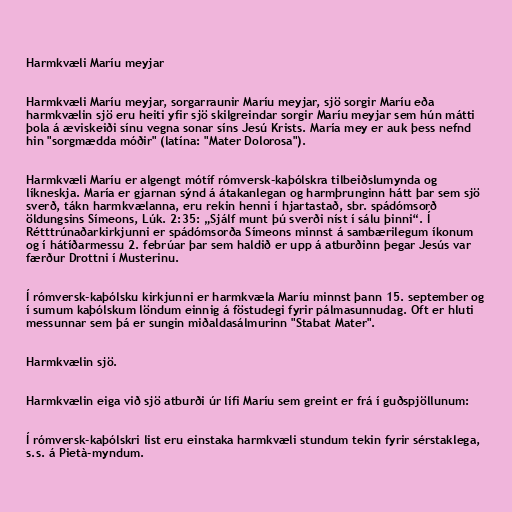
Harmkvæli Maríu meyjar

Harmkvæli Maríu meyjar, sorgarraunir Maríu meyjar, sjö sorgir Maríu eða
harmkvælin sjö eru heiti yfir sjö skilgreindar sorgir Maríu meyjar sem hún mátti
þola á æviskeiði sínu vegna sonar síns Jesú Krists. María mey er auk þess nefnd
hin "sorgmædda móðir" (latína: "Mater Dolorosa").

Harmkvæli Maríu er algengt mótíf rómversk-kaþólskra tilbeiðslumynda og
líkneskja. María er gjarnan sýnd á átakanlegan og harmþrunginn hátt þar sem sjö
sverð, tákn harmkvælanna, eru rekin henni í hjartastað, sbr. spádómsorð
öldungsins Símeons, Lúk. 2:35: „Sjálf munt þú sverði níst í sálu þinni“. Í
Rétttrúnaðarkirkjunni er spádómsorða Símeons minnst á sambærilegum íkonum
og í hátíðarmessu 2. febrúar þar sem haldið er upp á atburðinn þegar Jesús var
færður Drottni í Musterinu.

Í rómversk-kaþólsku kirkjunni er harmkvæla Maríu minnst þann 15. september og
í sumum kaþólskum löndum einnig á föstudegi fyrir pálmasunnudag. Oft er hluti
messunnar sem þá er sungin miðaldasálmurinn "Stabat Mater".

Harmkvælin sjö.

Harmkvælin eiga við sjö atburði úr lífi Maríu sem greint er frá í guðspjöllunum:

Í rómversk-kaþólskri list eru einstaka harmkvæli stundum tekin fyrir sérstaklega,
s.s. á Pietà-myndum.